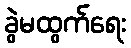
ခွဲမထွက်ရေး